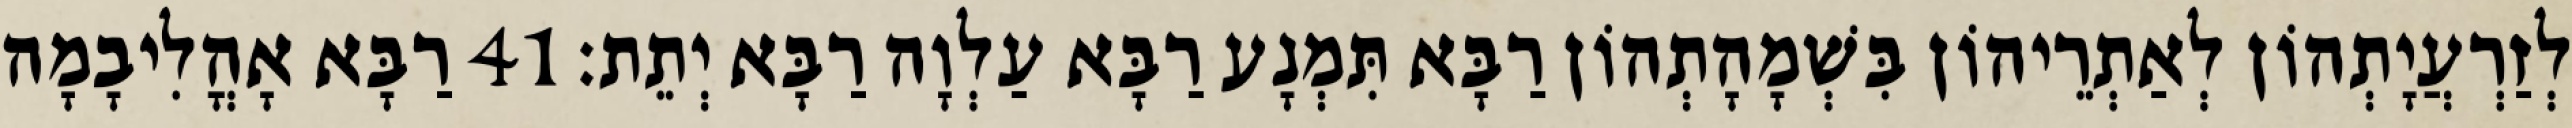
לְזַרְעֲיָתְהוֹן לְאַתְרֵיהוֹן בִּשְׁמָהָתְהוֹן רַבָּא תִּמְנָע רַבָּא עַלְוָה רַבָּא יְתֵת׃ 41 רַבָּא אָהֳלִיבָמָה